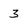
Character: 3